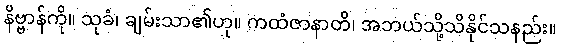
နိဗ္ဗာန်ကို။ သုခံ၊ ချမ်းသာ၏ဟု။ ကထံဇာနာတိ၊ အဘယ်သို့သိနိုင်သနည်း။